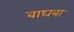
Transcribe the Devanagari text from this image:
बाघबा